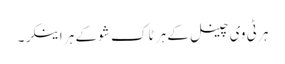
ہر ٹی وی چینل کے ہر ٹاک شو کے ہر اینکر۔